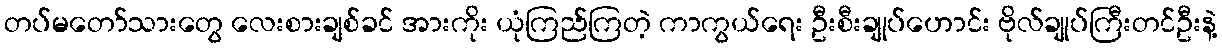
တပ်မတော်သားတွေ လေးစားချစ်ခင် အားကိုး ယုံကြည်ကြတဲ့ ကာကွယ်ရေး ဦးစီးချုပ်ဟောင်း ဗိုလ်ချုပ်ကြီးတင်ဦးနဲ့